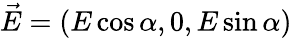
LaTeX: \vec{E}=(E\cos{\alpha},0,E\sin{\alpha})